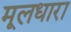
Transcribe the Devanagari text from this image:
मूलधारा